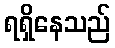
ရရှိနေသည်